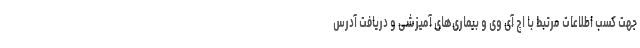
جهت کسب اطلاعات مرتبط با اچ آی وی و بیماری‌های آمیزشی و دریافت آدرس